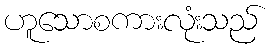
ဟူသောစကားလုံးသည်